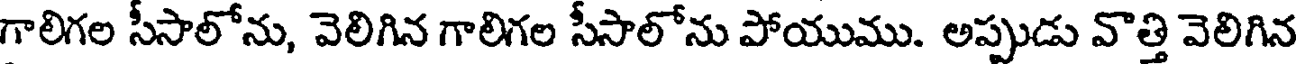
గాలిగల సీసాలోను, వెలిగిన గాలిగల సీసాలోను పోయుము. అప్పుడు వొత్తి వెలిగిన